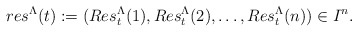
\begin{align*} res^{\Lambda}(t):=(Res_t^{\Lambda}(1),Res_t^{\Lambda}(2),\dots,Res_t^{\Lambda}(n))\in I^n.\end{align*}